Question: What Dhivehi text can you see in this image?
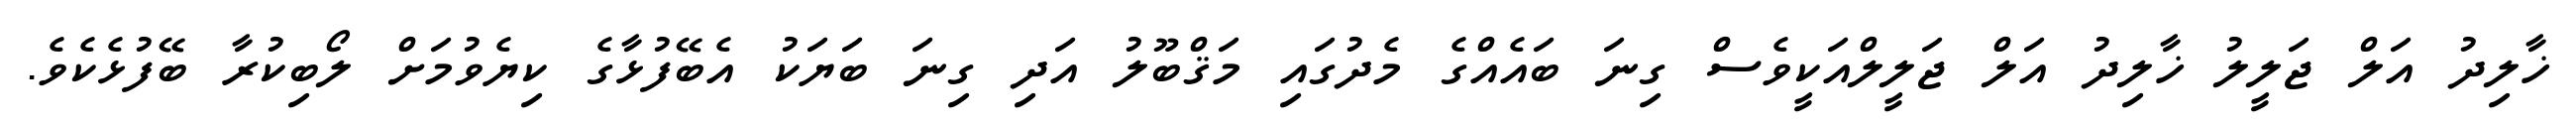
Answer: ޚާލިދު އަލް ޖަލީލު ޚާލިދު އަލް ޖަލީލްއަކީވެސް ގިނަ ބައެއްގެ މެދުގައި މަޤްބޫލު އަދި ގިނަ ބަޔަކު އެބޭފުޅާގެ ކިޔެވުމަށް ލޯބިކުރާ ބޭފުޅެކެވެ.